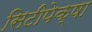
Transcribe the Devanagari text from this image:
सिटीपेक्षा